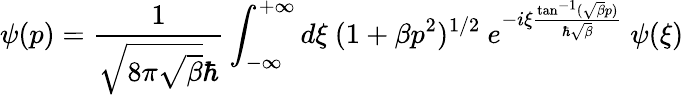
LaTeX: \psi(p)=\frac{1}{\sqrt{8\pi\sqrt{\beta}}\hbar}\int_{-\infty}^{+\infty}d{\xi}{\mathrm{~}}(1+\beta p^{2})^{1/2}{\mathrm{~}}e^{-i{\xi}\frac{\tan^{-1}(\sqrt{\beta}p)}{\hbar\sqrt{\beta}}}{\mathrm{~}}\psi({\xi})